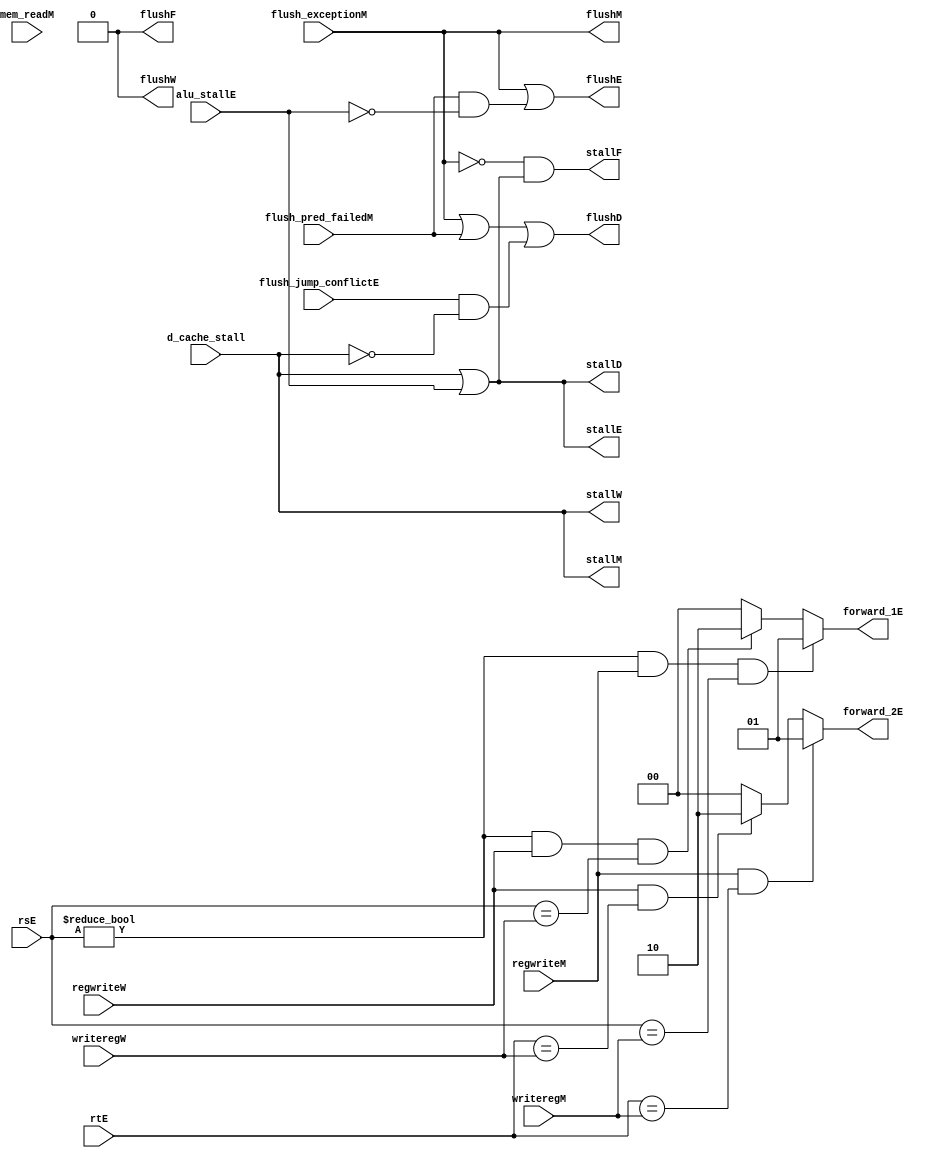
`timescale 1ns / 1ps
//////////////////////////////////////////////////////////////////////////////////
// Company: 
// Engineer: 
// 
// Design Name: 
// Module Name: hazard
// Project Name: 
// Target Devices: 
// Tool Versions: 
// Description: 
// 
// Dependencies: 
// 
// Revision:
// Revision 0.01 - File Created
// Additional Comments:
// 
//////////////////////////////////////////////////////////////////////////////////


module hazard(
	input wire d_cache_stall,
    input wire alu_stallE,

    input wire flush_jump_conflictE, flush_pred_failedM, flush_exceptionM,

    input wire [4:0] rsE,
    input wire [4:0] rtE,  //
    input wire regwriteM,
    input wire regwriteW,  //
    input wire [4:0] writeregM,
    input wire [4:0] writeregW,  //

    input wire mem_readM,   //mem
    
    output wire stallF, stallD, stallE, stallM, stallW,
    output wire flushF, flushD, flushE, flushM, flushW,  //

    output wire [1:0] forward_1E, forward_2E //00-> NONE, 01-> MEM, 10-> WB (LW instr)
);
    // 
    assign forward_1E = rsE != 0 && regwriteM && (rsE == writeregM) ? 2'b01 :
                        rsE != 0 && regwriteW && (rsE == writeregW) ? 2'b10 :
                        2'b00;
    assign forward_2E = regwriteM && (rtE == writeregM) ? 2'b01 :
                        regwriteW && (rtE == writeregW) ? 2'b10 :
                        2'b00;
    
    assign stallF = ~flush_exceptionM & (d_cache_stall | alu_stallE);//
    assign stallD = d_cache_stall | alu_stallE;
    assign stallE = d_cache_stall | alu_stallE;
    assign stallM = d_cache_stall;
    assign stallW = d_cache_stall;  // ,jr;

    assign flushF = 1'b0;
    assign flushD = flush_exceptionM | flush_pred_failedM | (flush_jump_conflictE & ~d_cache_stall); //       //EX: jr(), MEM: lwflush_jump_conflictEDjr
    assign flushE = flush_exceptionM | (flush_pred_failedM & ~alu_stallE);  //EX: div, MEM: beq, beqflush DEdivEflushD
    assign flushM = flush_exceptionM;//hilo 
    assign flushW = 1'b0;
endmodule